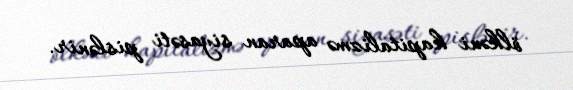
ölkəni kapitalizmə aparan siyasəti pislənir.